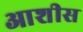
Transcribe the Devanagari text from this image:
आशीस